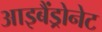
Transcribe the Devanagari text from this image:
आइबैंड्रोनेट